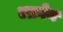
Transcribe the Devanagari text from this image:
एक्रोन